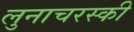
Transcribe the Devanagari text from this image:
लुनाचरस्की